Annual report of the Punjab Veterinary College and of the Civil Veterinary Department, Punjab - 1894-1908
Year: 1894
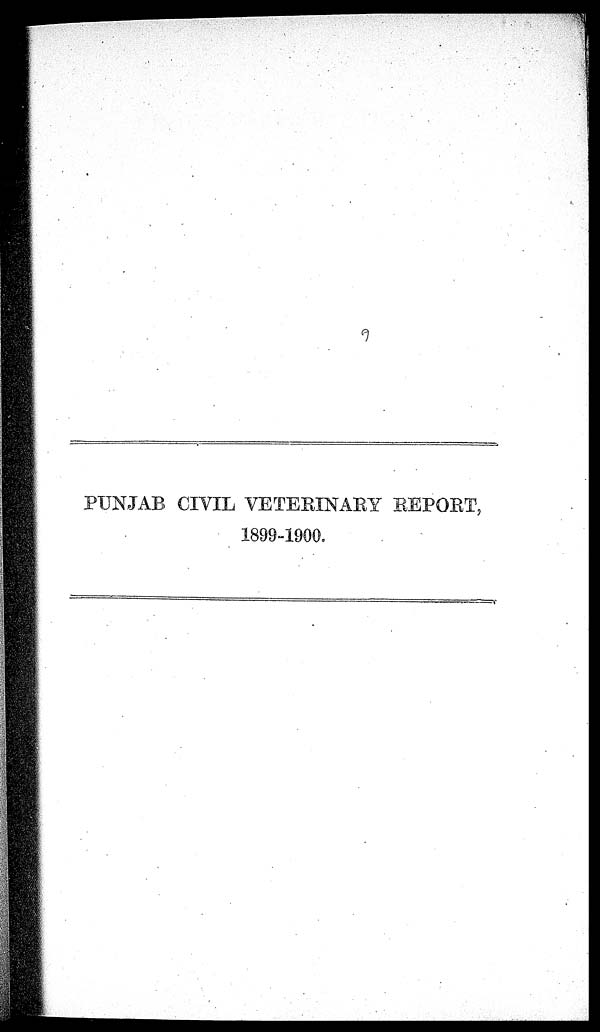
PUNJAB CIVIL VETERINARY REPORT,
1899-1900.